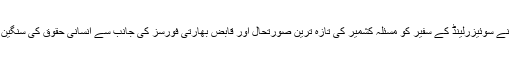
اس موقع پر چیف سیکرٹری آزادکشمیر نے سوئیزرلینڈ کے سفیر کو مسئلہ کشمیر کی تازہ ترین صورتحال اور قابض بھارتی فورسز کی جانب سے انسانی حقوق کی سنگین خلاف ورزیوں کے حوالہ سے آگاہ کیا۔